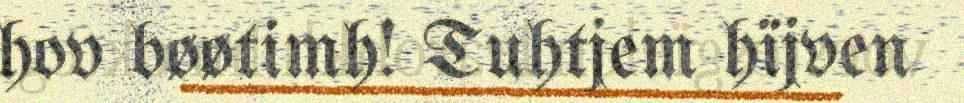
hov bøøtimh! Tuhtjem hïjven